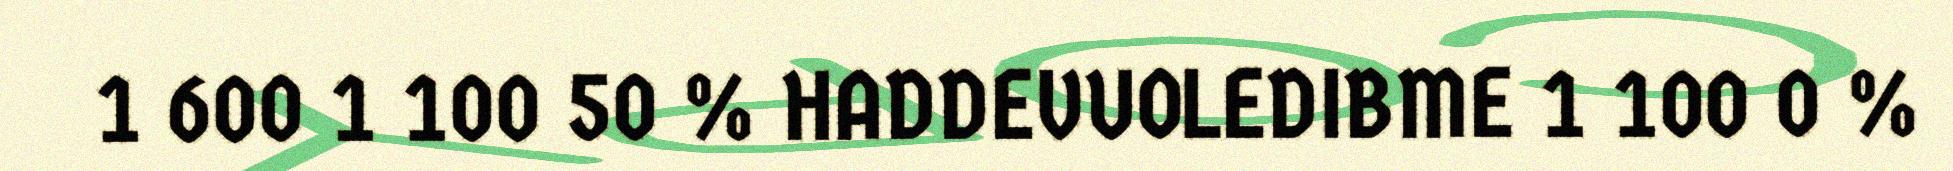
1 600 1 100 50 % HADDEVUOLEDIBME 1 100 0 %